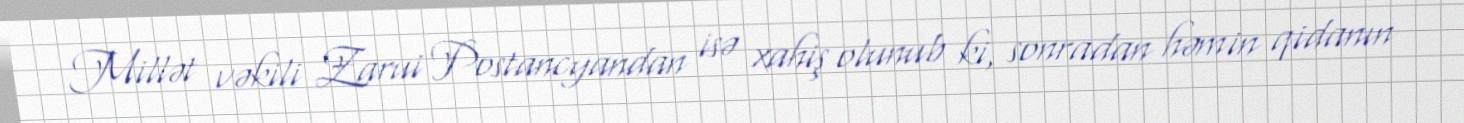
Millət vəkili Zarui Postancyandan isə xahiş olunub ki, sonradan həmin qidanın